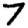
Digit: 7